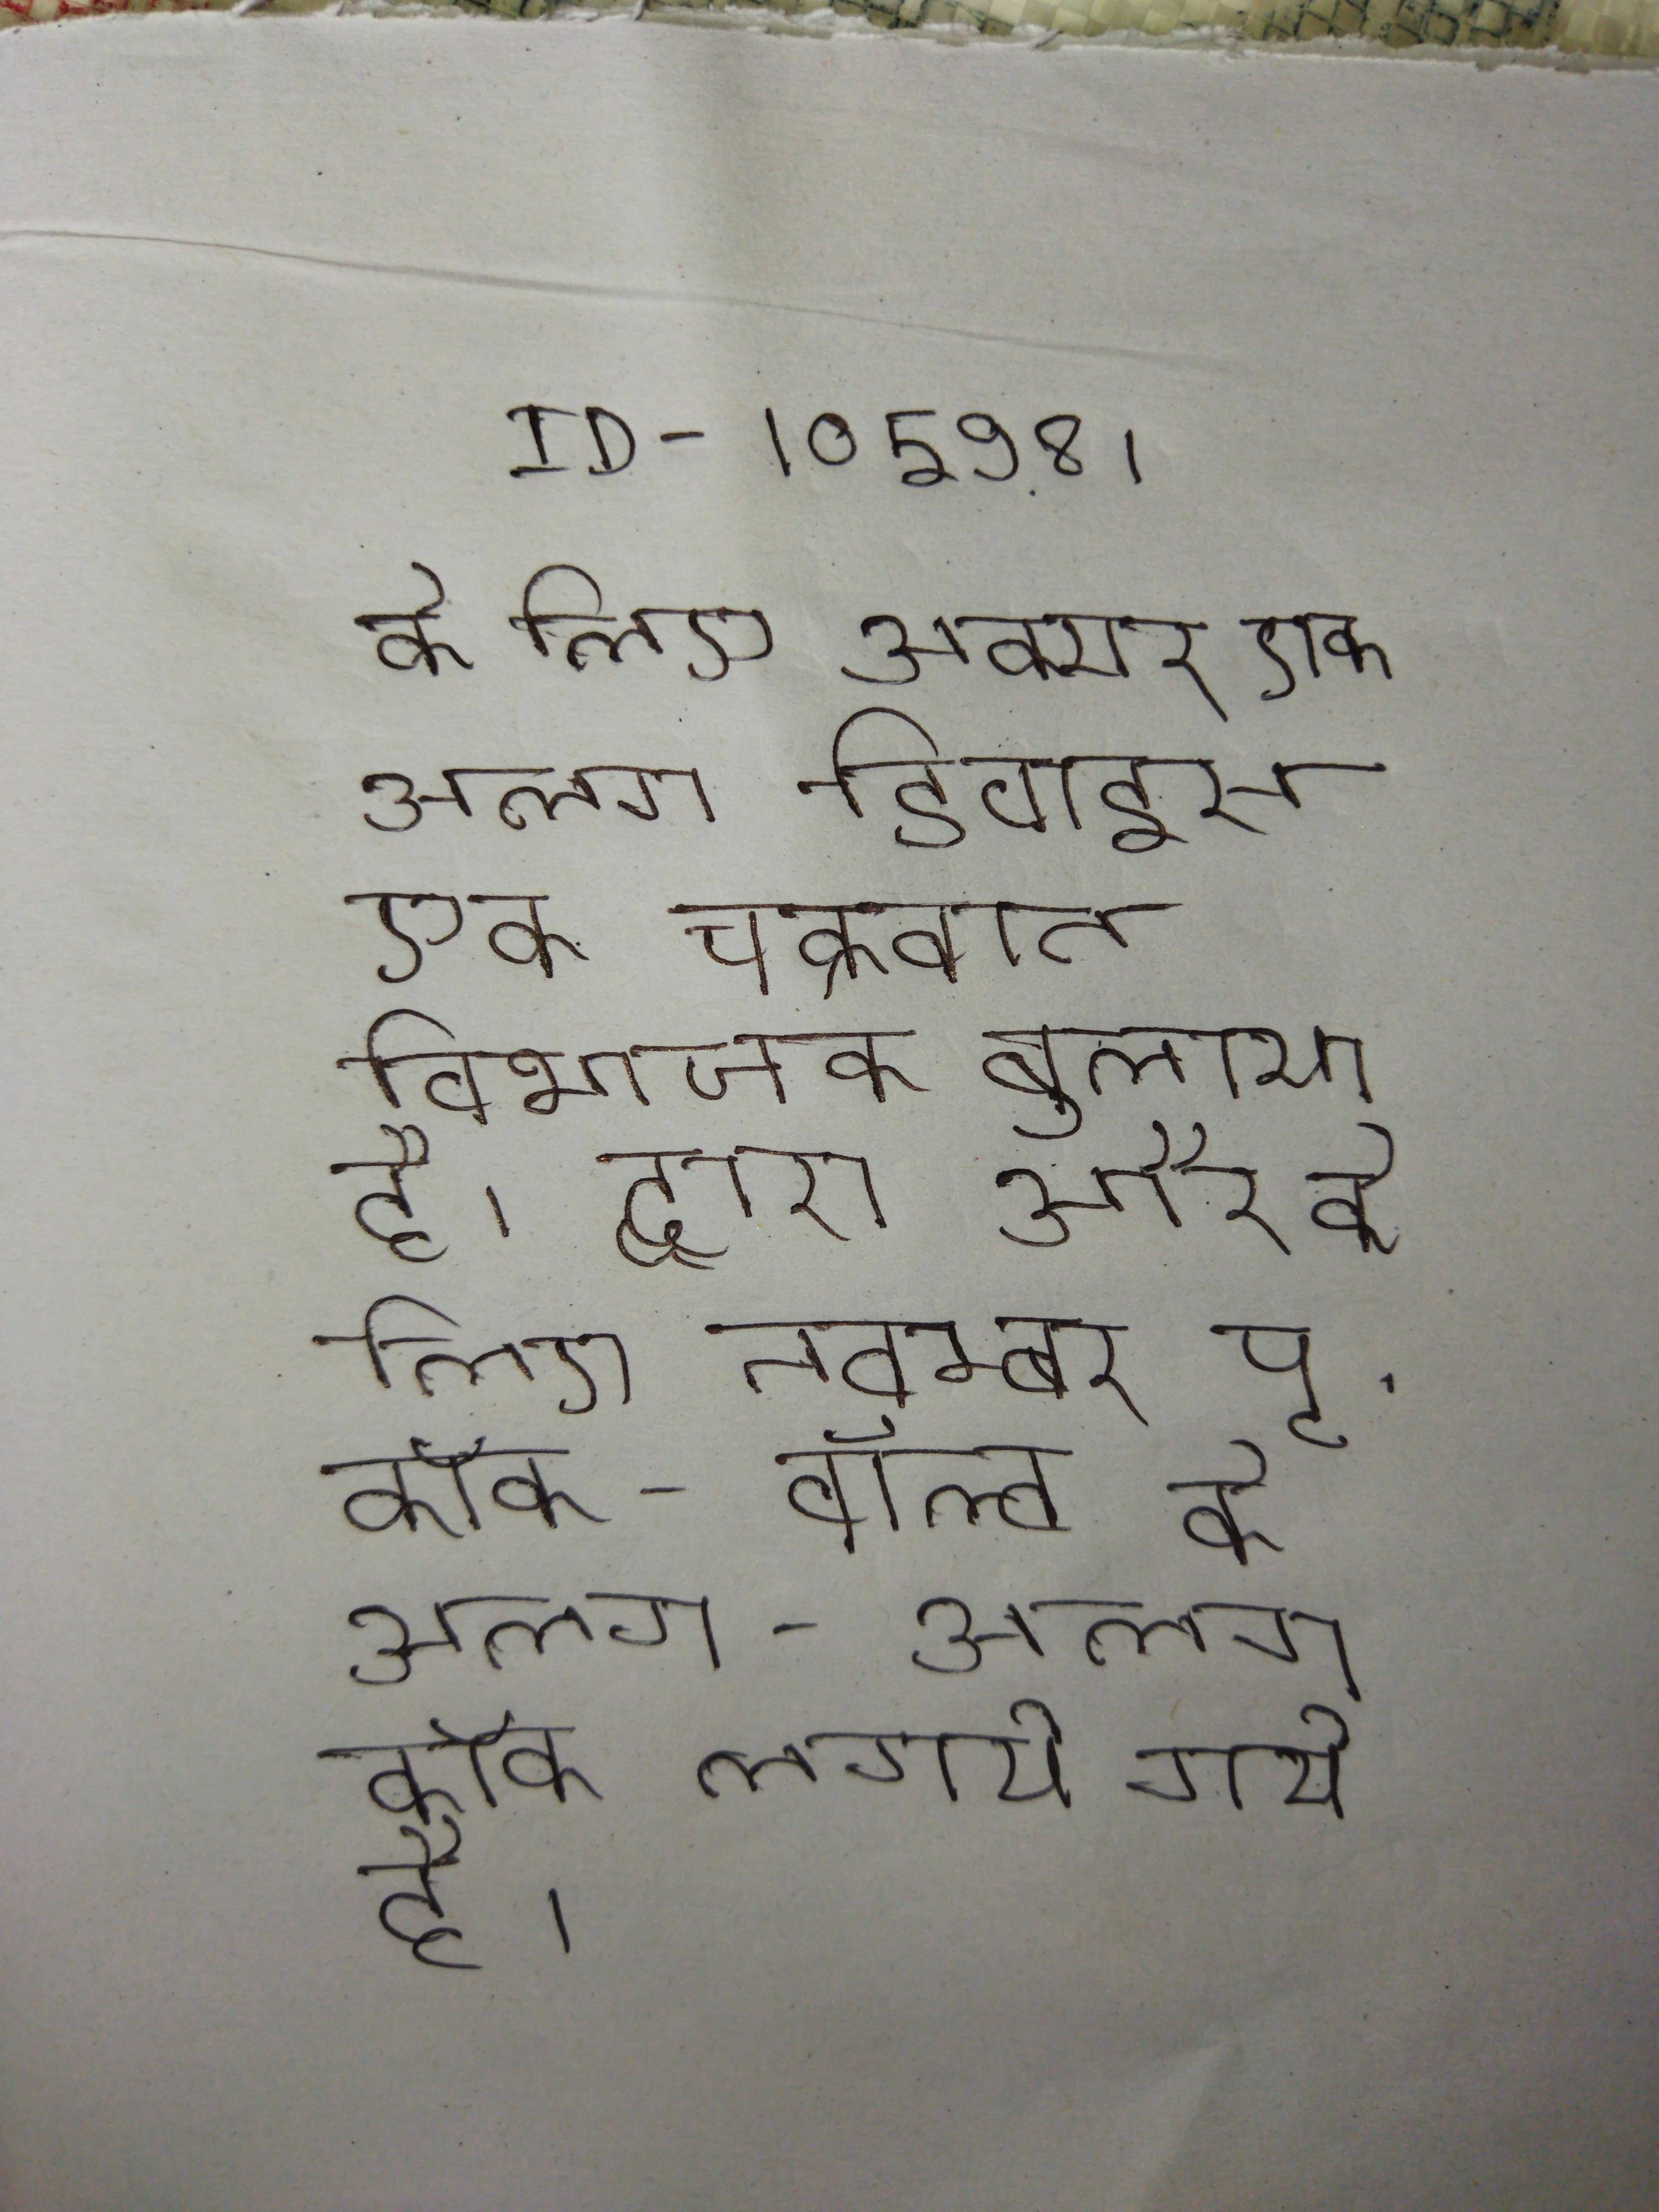
के लिए अक्सर एक अलग डिवाइस एक चक्रवात विभाजक बुलाया है । द्वारा और के लिए नवम्बर पृ . कॉक - वॉल्व के अलग - अलग कॉक लगाये गये है । वॉल्व के ऊपर लगे तार का सही जुडा होना सुनिश्चित ।